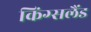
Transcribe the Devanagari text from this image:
किंग्सलैंड